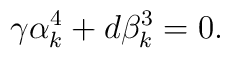
\gamma\alpha^4_k + d\beta^3_k = 0.